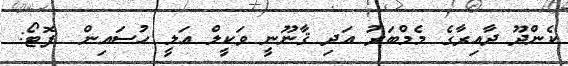
ކެންދޫ ދާއިރާގެ މެމްބަރު އަދި ޤާނޫނީ ވަކީލް އަލީ ހުސައިން  ފޮޓޯ: